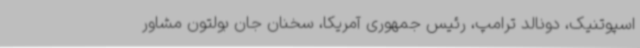
اسپوتنیک، دونالد ترامپ، رئیس جمهوری آمریکا، سخنان جان بولتون مشاور